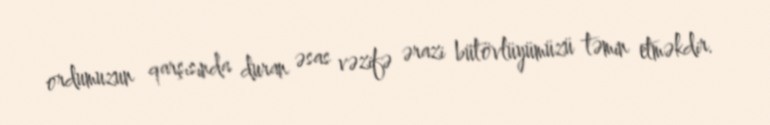
ordumuzun qarşısında duran əsas vəzifə ərazi bütövlüyümüzü təmin etməkdir.